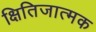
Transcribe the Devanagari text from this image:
क्षितिजात्मक